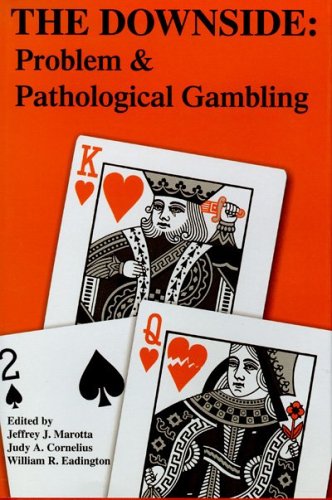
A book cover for The Downside: Problem and Pathological Gambling (Institute of Gambling & Commercial Gaming); Health, Fitness & Dieting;